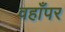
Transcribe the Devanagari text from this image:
वहाँपर